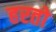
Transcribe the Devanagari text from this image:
हरतो